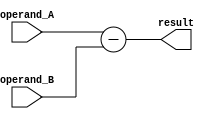
module ripple_subtractor(
    input [7:0] operand_A,
    input [7:0] operand_B,
    output reg [7:0] result
);

reg [7:0] temp_result;

always @* begin
    temp_result = operand_A - operand_B;
end

always @* begin
    result = temp_result;
end

endmodule